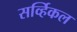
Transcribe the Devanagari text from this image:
सर्व्हिकल